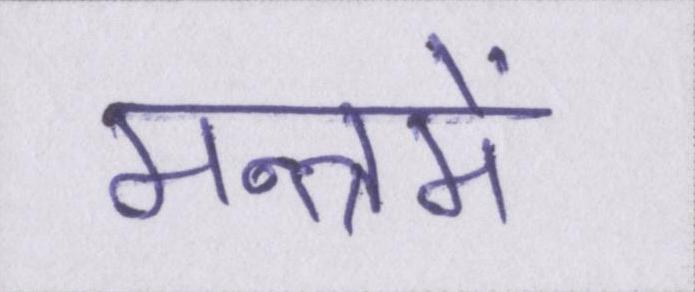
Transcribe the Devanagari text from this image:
मन्त्रमें